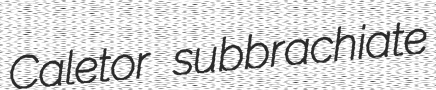
Caletor subbrachiate